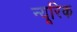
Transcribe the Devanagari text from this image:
न्यूरिक